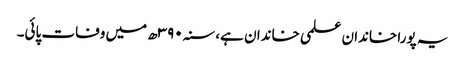
یہ پورا خاندان علمی خاندان ہے، سنہ ۳۹۰ھ میں وفات پائی۔